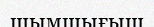
шымшығыш